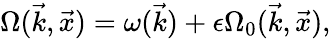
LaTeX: \Omega(\vec{k},\vec{x})=\omega(\vec{k})+\epsilon\Omega_{0}(\vec{k},\vec{x}),